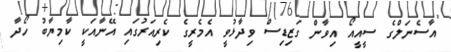
އާސެނަލްގެ ސީއީއޯ އިވާން ގަޒިޑިސް ވިދާޅުވީ އެމެރީގެ ކެރިއަރުގައި އޭނާއަކީ ކާމިޔާބު ހޯދާ